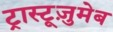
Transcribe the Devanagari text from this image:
ट्रास्टूज़ुमेब